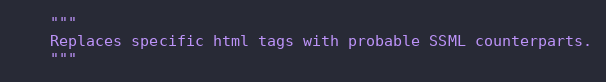
Language: Python
    """
    Replaces specific html tags with probable SSML counterparts.
    """